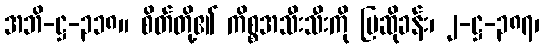
အဘိ-ဋ္ဌ-၃၁၈။ စိတ်တို့၏ ကိစ္စအသီးသီးကို ပြဆိုခန်း၊ ၂-ဋ္ဌ-၃၈၇၊